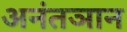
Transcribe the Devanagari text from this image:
अनंतञान